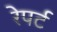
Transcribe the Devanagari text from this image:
रेपर्ट